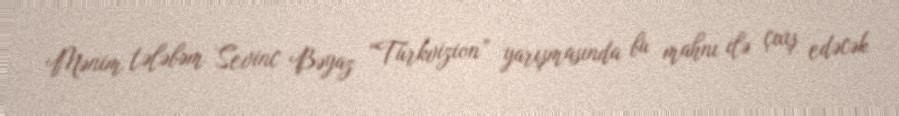
Mənim tələbəm Sevinc Bəyaz “Türkvizion” yarışmasında bu mahnı ilə çıxış edəcək